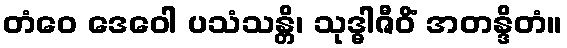
တံဝေ ဒေဝေါ ပသံသန္တိ၊ သုဒ္ဓါဇီဝိံ အတန္ဒိတံ။